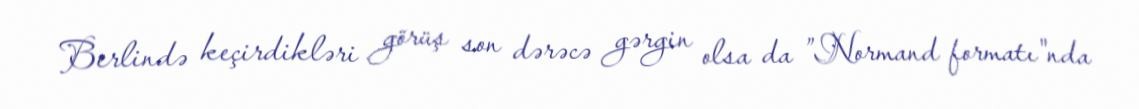
Berlində keçirdikləri görüş son dərəcə gərgin olsa da ”Normand formatı"nda